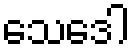
သေဒေါ